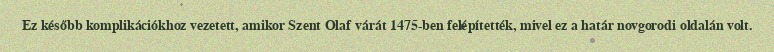
Ez később komplikációkhoz vezetett, amikor Szent Olaf várát 1475-ben felépítették, mivel ez a határ novgorodi oldalán volt.